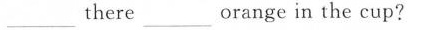
___ there ___ orange in the cup?